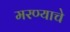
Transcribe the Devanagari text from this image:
मरण्याचे